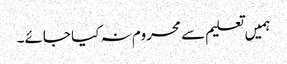
ہمیں تعلیم سے محروم نہ کیا جائے۔